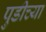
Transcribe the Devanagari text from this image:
पुडीच्या